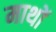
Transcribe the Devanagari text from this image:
माथों